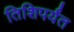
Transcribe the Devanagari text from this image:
तिशिपर्यंत